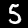
Digit: 5